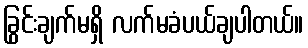
ခြွင်းချက်မရှိ လက်မခံပယ်ချပါတယ်။